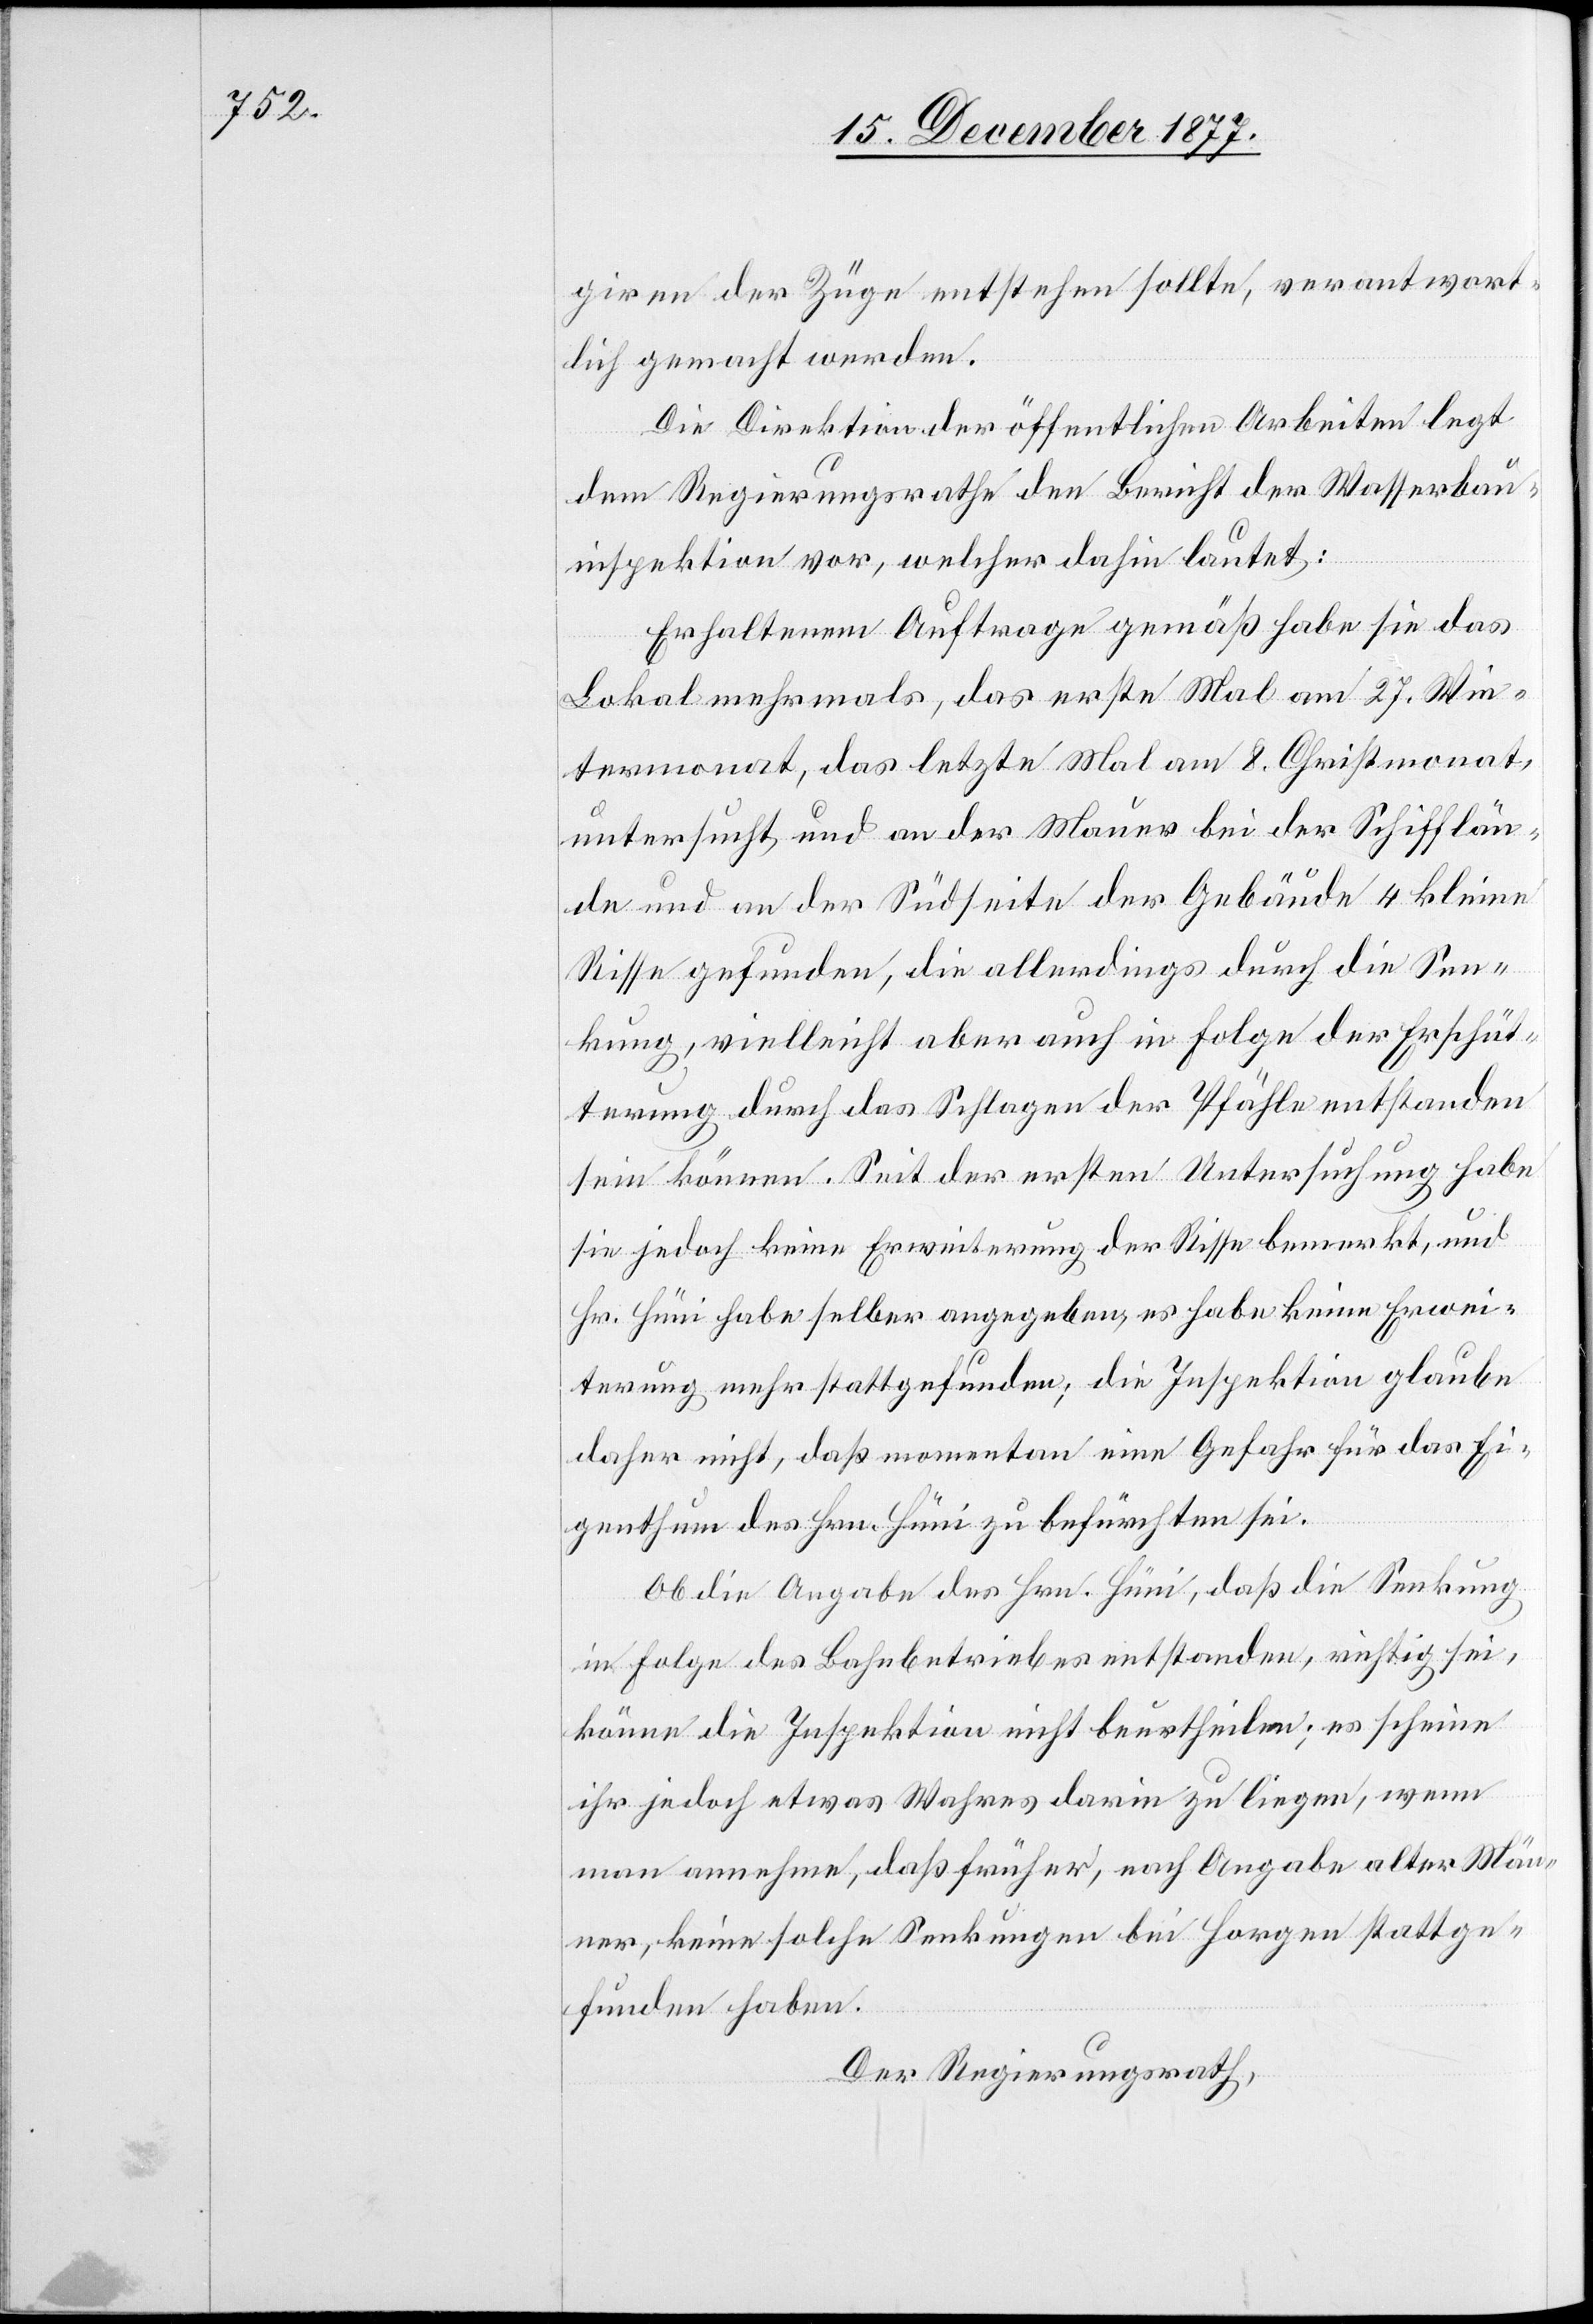
giren der Züge entstehen sollte, verantwort¬
lich gemacht werden.
Die Direktion der öffentlichen Arbeiten legt
dem Regierungsrathe den Bericht der Wasserbau¬
inspektion vor, welcher dahin lautet:
Erhaltenem Auftrage gemäß habe sie das
Lokal mehrmals, das erste Mal am 27. Win¬
termonat, das letzte Mal am 8. Christmonat
untersucht und an der Mauer bei der Schifflän¬
de und an der Südseite der Gebäude 4 kleine
Risse gefunden, die allerdings durch die Sen¬
kung, vielleicht aber auch in Folge der Erschüt¬
terung durch das Schlagen der Pfähle entstanden
sein können. Seit der ersten Untersuchung habe
sie jedoch keine Erweiterung der Risse bemerkt, und
Hr. Hüni habe selber angegeben, es habe keine Erwei¬
terung mehr stattgefunden; die Inspektion glaube
daher nicht, daß momentan eine Gefahr für das Ei¬
genthum des Hrn. Hüni zu befürchten sei.
Ob die Angabe des Hrn. Hüni, daß die Senkung
in Folge des Bahnbetriebes entstanden, richtig sei,
könne die Inspektion nicht beurtheilen; es scheine
ihr jedoch etwas Wahres darin zu liegen, wenn
man annehme, daß früher, nach Angabe alter Män¬
ner, keine solche Senkungen bei Horgen stattge¬
funden haben.
Der Regierungsrath,